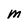
Character: M